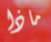
ماذا